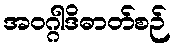
အဝဂ္ဂါဒိဓာတ်စဉ်